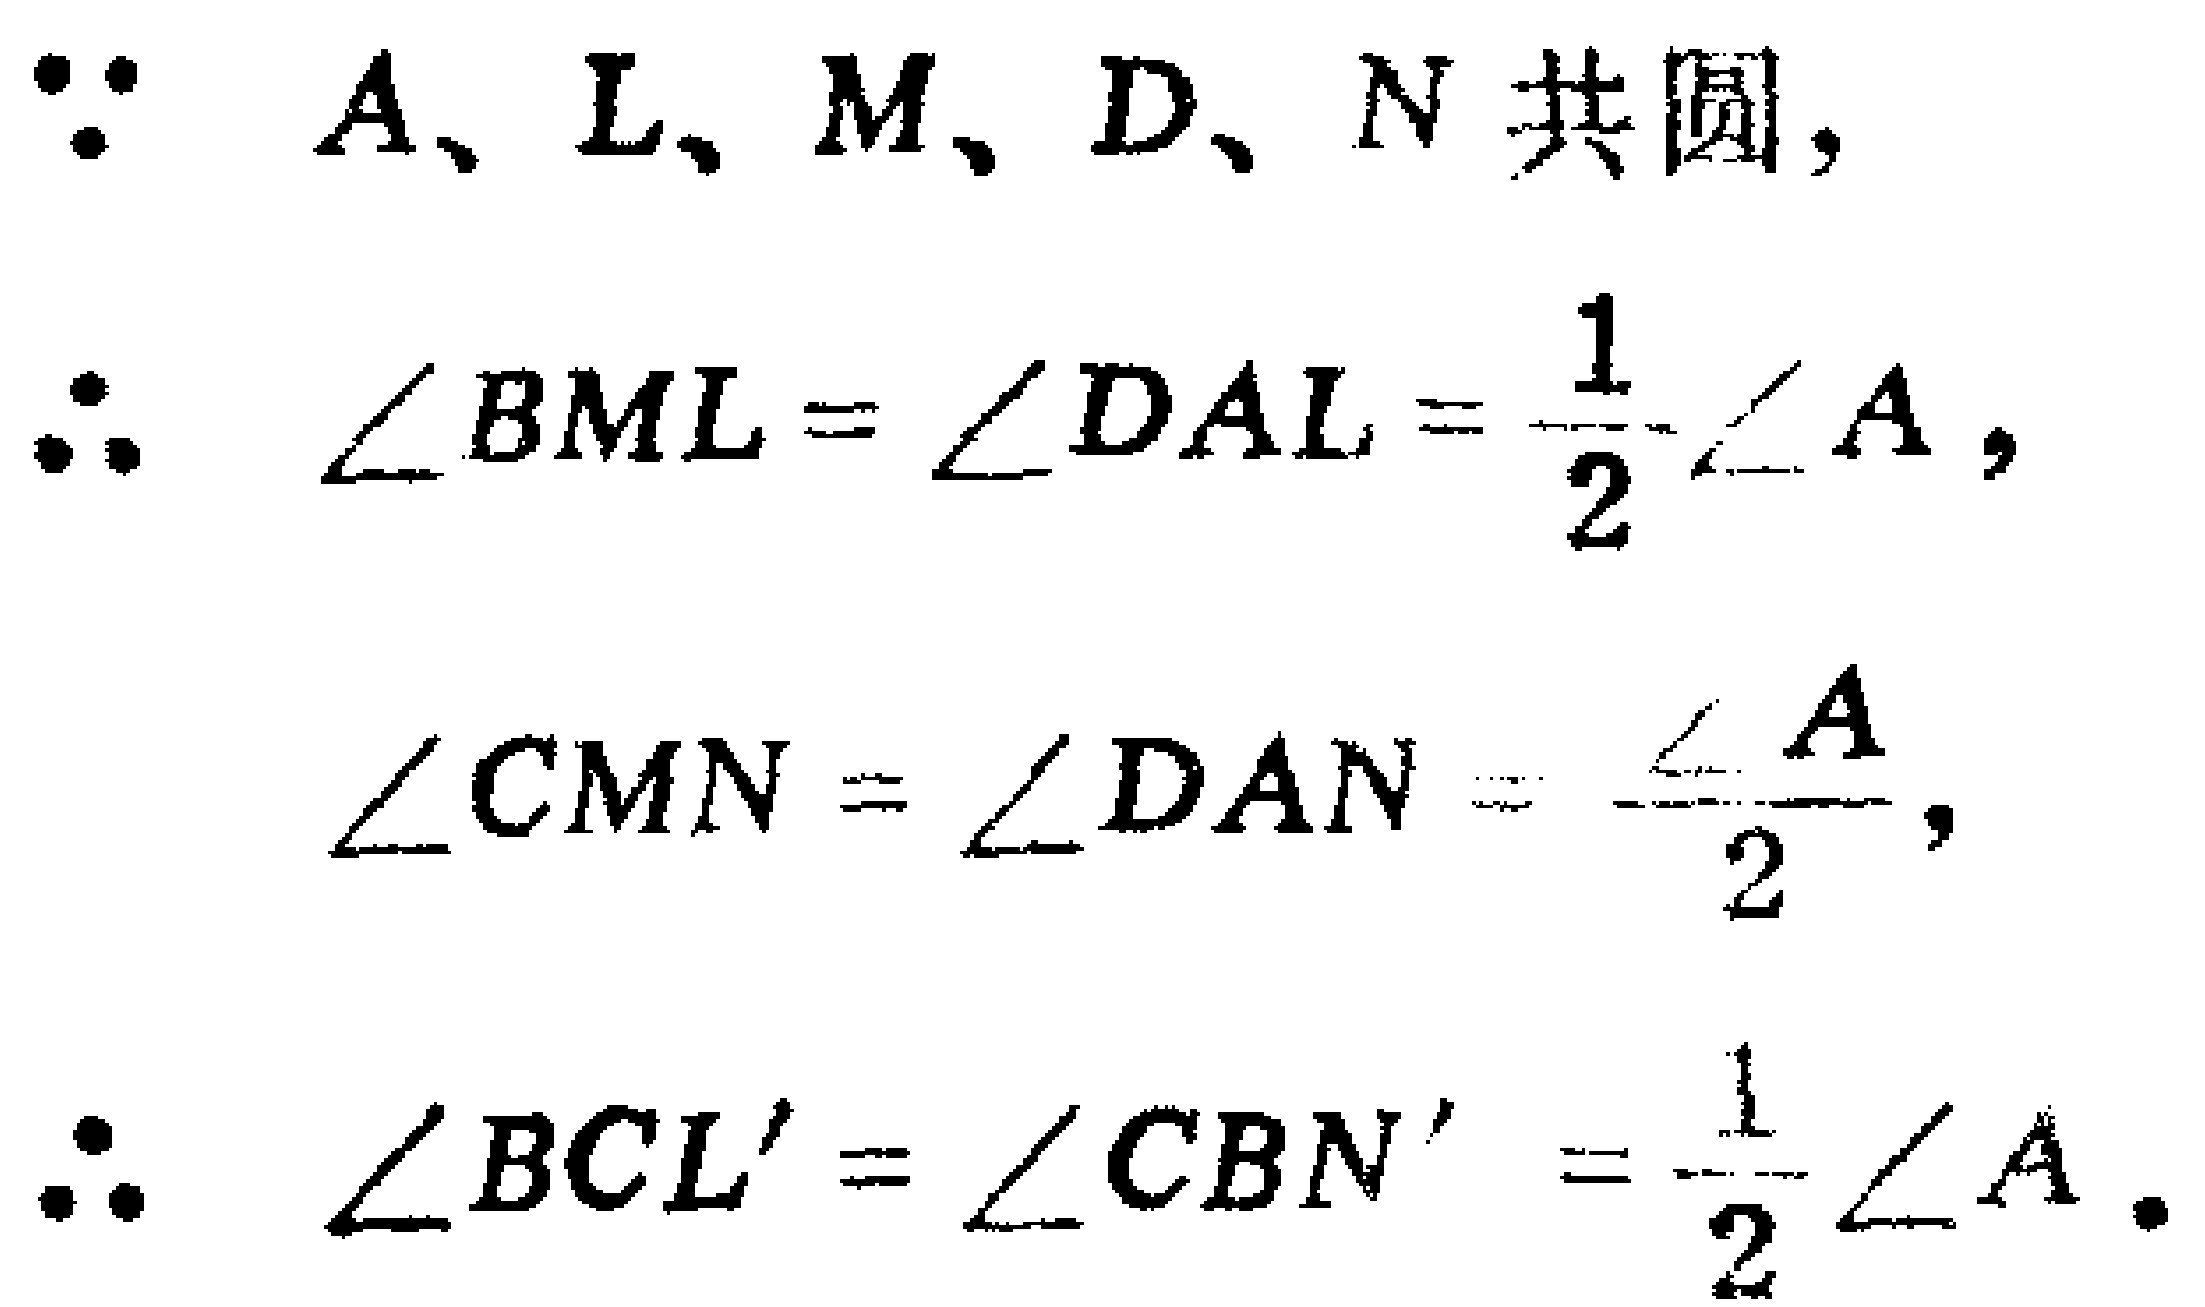
\[\begin{align*}
&\because A、L、M、D、N\text{ 共圆},\\
&\therefore \angle BML = \angle DAL=\frac{1}{2}\angle A,\\
&\angle CMN=\angle DAN = \frac{\angle A}{2},\\
&\therefore \angle BCL'=\angle CBN'=\frac{1}{2}\angle A.
\end{align*}\]